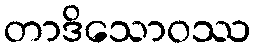
တာဒိသောဝဿ